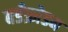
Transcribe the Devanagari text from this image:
बर्डफ्राेेडम